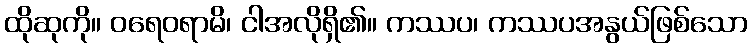
ထိုဆုကို။ ဝရေဝရာမိ၊ ငါအလိုရှိ၏။ ကဿပ၊ ကဿပအနွယ်ဖြစ်သော